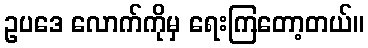
ဥပဒေ လောက်ကိုမှ ရေးကြတော့တယ်။